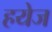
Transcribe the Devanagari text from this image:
हयेज